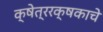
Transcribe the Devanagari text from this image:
क्षेत्ररक्षकाचे